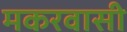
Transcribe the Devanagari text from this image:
मकरवासी